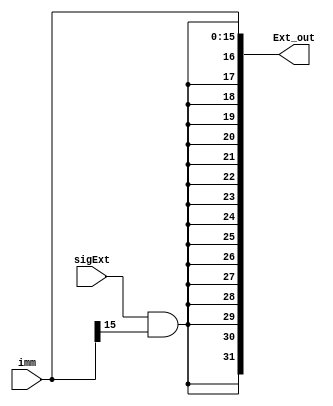
module Ext #(parameter SIZE=16)(
	input sigExt,
	input [SIZE-1:0] imm,
	output [31:0] Ext_out
);


assign Ext_out = {{(32 - SIZE){sigExt & imm[SIZE-1]}}, imm};

endmodule